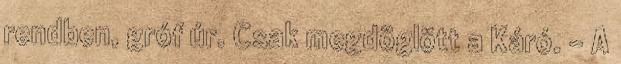
rendben, gróf úr. Csak megdöglött a Káró. - A